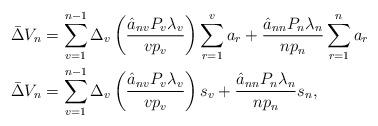
LaTeX: \begin{align*}\bar{\Delta}V_{n}& =\sum_{v=1}^{n-1}\Delta_{v}\left( \frac{\hat{a}_{nv}P_{v}\lambda_{v}}{vp_{v}}\right)\sum_{r=1}^{v}a_{r}+\frac{\hat{a}_{nn}P_{n}\lambda_{n}}{np_{n}}\sum_{r=1}^{n}a_{r}\\\bar{\Delta}V_{n}& =\sum_{v=1}^{n-1}\Delta_{v}\left( \frac{\hat{a}_{nv}P_{v}\lambda_{v}}{vp_{v}}\right)s_{v}+\frac{\hat{a}_{nn}P_{n}\lambda_{n}}{np_{n}}s_{n},\end{align*}